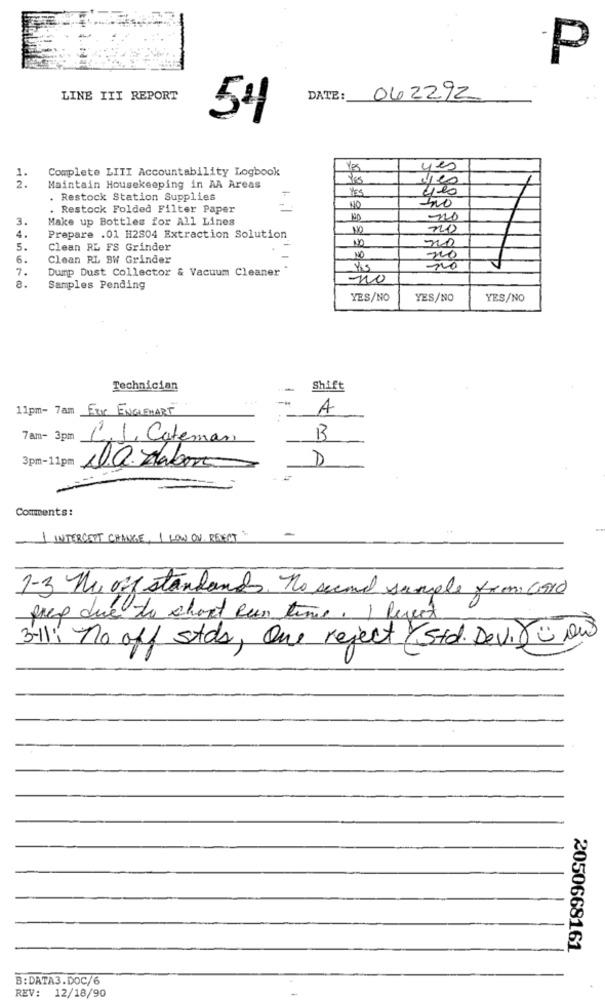
P
LINE III REPORT
DATE:
062292
54
Complete LIII Accountability Logbook
Yes
yes
2.
Maintain Housekeeping in AA Areas
yes
. Restock Station Supplies
Ino
. Restock Folded Filter Paper
-
40
3.
Make up Bottles for All Lines
NO
no
4.
Prepare .01 H2S04 Extraction Solution
no
5.
Clean RL FS Grinder
6.
Clean RL BW Grinder
NO
no
7.
Dump Dust Collector & Vacuum Cleaner
8.
no
Samples Pending
YES/NO
YES/NO
YES/NO
Technician
Shift
11pm- 7am ERI ENGLEMART
A
7am- 3pm
C,J, Cateman
M
3pm-11pm
I.Q. labor
D
Comments:
1 INTERCEPT CHANGE, I LOW ON RELECT "
1-3 Nu of standards. no second sample from and
prep due to short sen time. If
3-11: no off stds, One reject / std. Dev. 8 ow
2050668161
B:DATA3.DOC/6
REV: 12/18/90